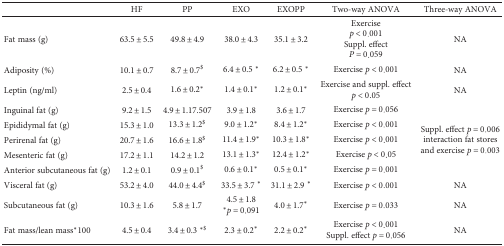
|  | HF | PP | EXO | EXOPP | Two-way ANOVA | Three-way ANOVA |
 | --- | --- | --- | --- | --- | --- | --- |
 | Fat mass (g) | 63.5 ± 5.5 | 49.8 ± 4.9 | 38.0 ± 4.3 | 35.1 ± 3.2 | Exercisep < 0.001Suppl. effectP = 0.059 | NA |
 | Adiposity (%) | 10.1 ± 0.7 | 8.7 ± 0.7$ | 6.4 ± 0.5 ∗ | 6.2 ± 0.5 ∗ | Exercise p < 0.001 | NA |
 | Leptin (ng/ml) | 2.5 ± 0.4 | 1.6 ± 0.2∗ | 1.4 ± 0.1∗ | 1.2 ± 0.1∗ | Exercise and suppl. effectp < 0.05 | NA |
 | Inguinal fat (g) | 9.2 ± 1.5 | 4.9 ± 1.17.507 | 3.9 ± 1.8 | 3.6 ± 1.7 | Exercise p = 0.056 | <ROWSPAN=5> Suppl. effect p = 0.006interaction fat stores and exercise p = 0.003 |
 | Epididymal fat (g) | 15.3 ± 1.0 | 13.3 ± 1.2$ | 9.0 ± 1.2∗ | 8.4 ± 1.2∗ | Exercise p < 0.001 |
 | Perirenal fat (g) | 20.7 ± 1.6 | 16.6 ± 1.8$ | 11.4 ± 1.9∗ | 10.3 ± 1.8∗ | Exercise p < 0.001 |
 | Mesenteric fat (g) | 17.2 ± 1.1 | 14.2 ± 1.2 | 13.1 ± 1.3∗ | 12.4 ± 1.2∗ | Exercise p < 0.05 |
 | Anterior subcutaneous fat (g) | 1.2 ± 0.1 | 0.9 ± 0.1$ | 0.6 ± 0.1∗ | 0.5 ± 0.1∗ | Exercise p = 0.001 |
 | Visceral fat (g) | 53.2 ± 4.0 | 44.0 ± 4.4$ | 33.5 ± 3.7 ∗ | 31.1 ± 2.9 ∗ | Exercise p < 0.001 | NA |
 | Subcutaneous fat (g) | 10.3 ± 1.6 | 5.8 ± 1.7 | 4.5 ± 1.8 ∗p = 0.091 | 4.0 ± 1.7∗ | Exercise p = 0.033 | NA |
 | Fat mass/lean mass∗100 | 4.5 ± 0.4 | 3.4 ± 0.3 ∗$ | 2.3 ± 0.2∗ | 2.2 ± 0.2∗ | Exercise p < 0.001Suppl. effect p = 0.056 | NA |